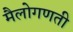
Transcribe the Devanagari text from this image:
मैलोगणती